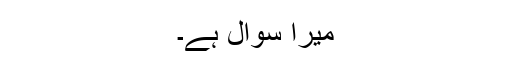
میرا سوال ہے۔